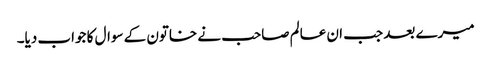
میرے بعد جب ان عالم صاحب نے خاتون کے سوال کا جواب دیا۔